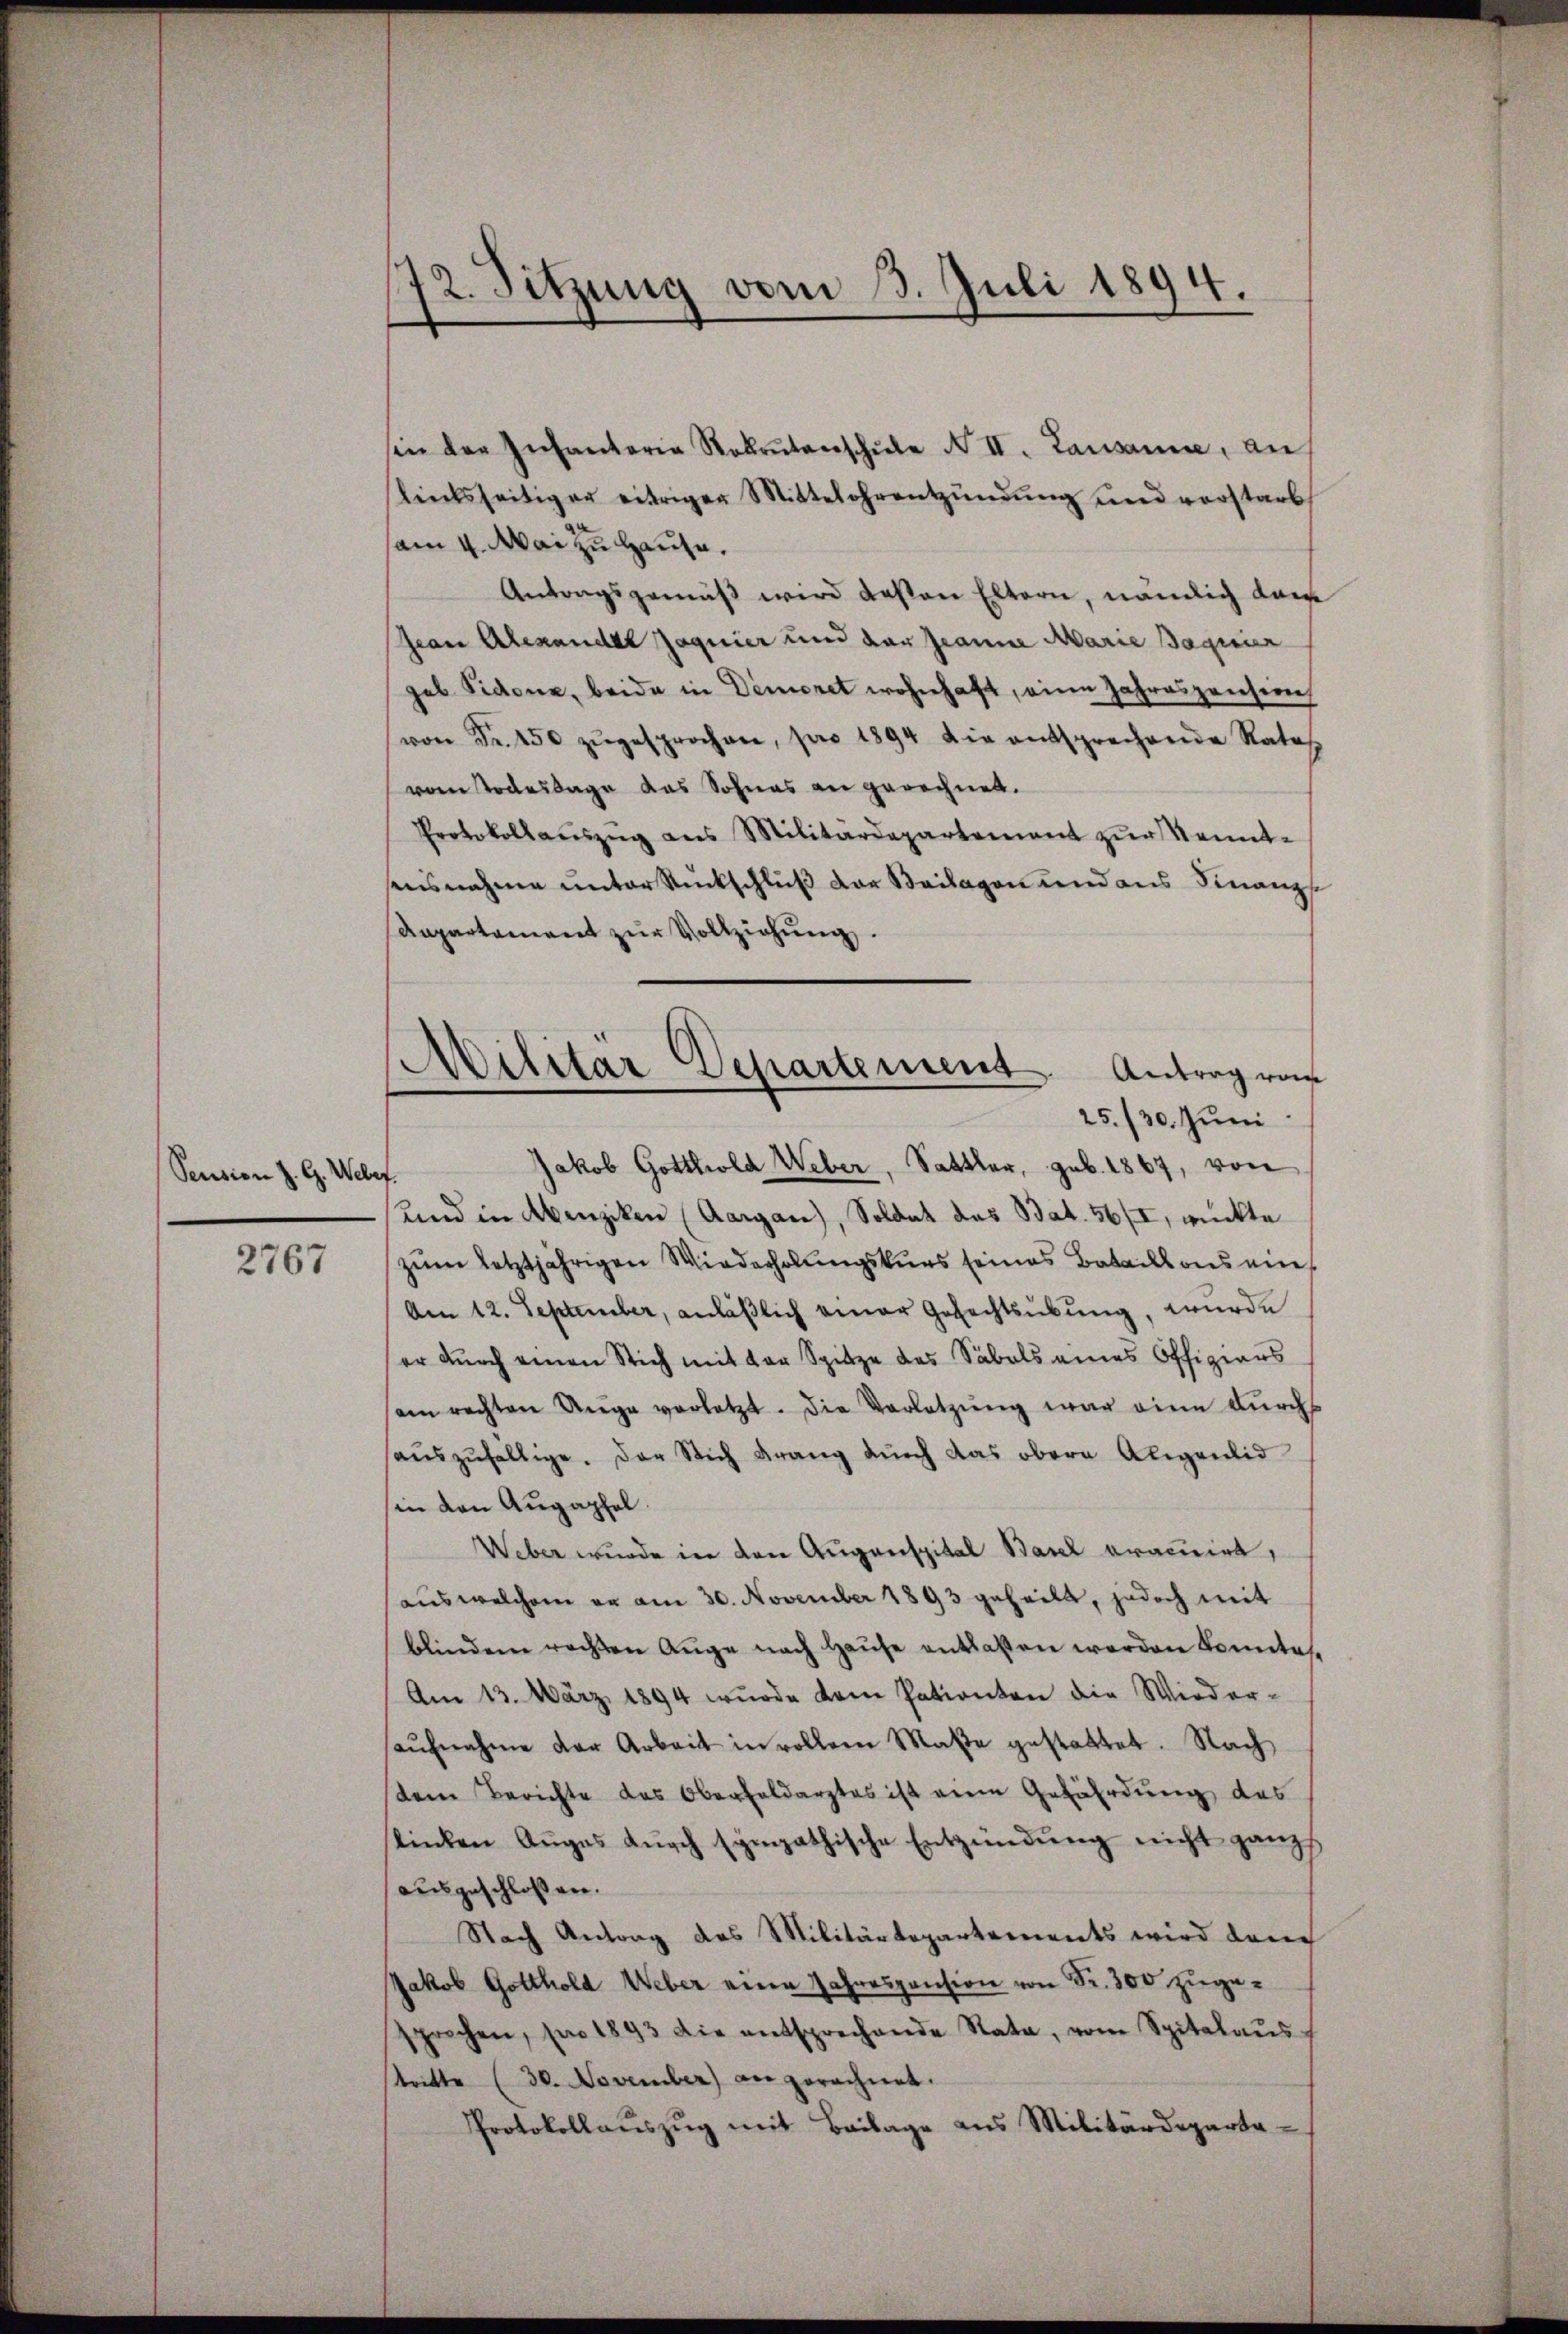
Pension z. G. Weber.

2767

12. Sitzung vom 3. Juli 1894.

Militär Departement. Antrag von
.
25./30. Juni

sin der Infantaria Robrŭtanschŭle N II. Lausanne, an
linksseitiger eitrigen Mittelohrentzündŭng und vorstarb
am 4. Mai zu Hause.
Antragsgemäß wird deßen Eltern, nämlich dar
pian Alexander Jaquier und der Jeanne Marie Baquier
geb Sidone, beide in Dimiret wohnhaft, eine Jahreszension
von Fr. 450 zŭgesprochen, pro 1894 die entsprechende Rates
vom Todestage das Sohnes an gerechnet.
Protokollaŭszŭg ans Militärdepartement zur Kenntensnahme unter Rückschluß der Beilagen und aus Finanzdepartement zŭr Vollziehung.
Jakob Gotthold Weber, Sattler, geb. 1867, von
und in Abenziken (Aargau, Soldat das Bat. 56/I, rückte
zum letztjährigen Wiederholungskurs seines Bataillons ein
Am 12. September, anläßlich einer Gefechtsübung, wurde
er durch einen Stich mit der Spitze des Säbels eines Offizians
am rechten Unge vorletzt. Die Verletzŭng war eine dŭrchs
aŭszŭfällige. Der Stich Krang durch das obern Aligenlid
in den Augapfel
Weber wurde in den Augenspital Basel gracirt,
aus welchem an am 30. November 1893 geheilt, jedoch mit
blindem rechten Auge nach Haŭse entlassen werden konnte.
Am 13. März 1894 wurde dene Patienten die Wieder-
aŭfnahme der Arbeit in vollem Maße gestattet. Nach
stem Berichte des Oberfeldarztes ist eine Gefährdung des
stinden Auges dŭrch sympathische Entzündung nicht ganz
ausgeschlossen.
Nach Antrag des Militärdepartements wird dann
Jakob Gotthold Weber eine Jahrespension von Fr. 300 zugesprechen, pro 1893 die entsprechende Rata, vom Spitalaŭs
stritte (30. November) an gerechnet.
Protokollaŭszŭg mit Beilage ans Militärdeparta